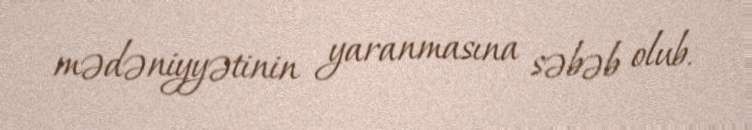
mədəniyyətinin yaranmasına səbəb olub.